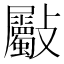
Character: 𣀻